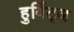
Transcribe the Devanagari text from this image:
हुर्विट्ज